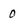
Character: 0